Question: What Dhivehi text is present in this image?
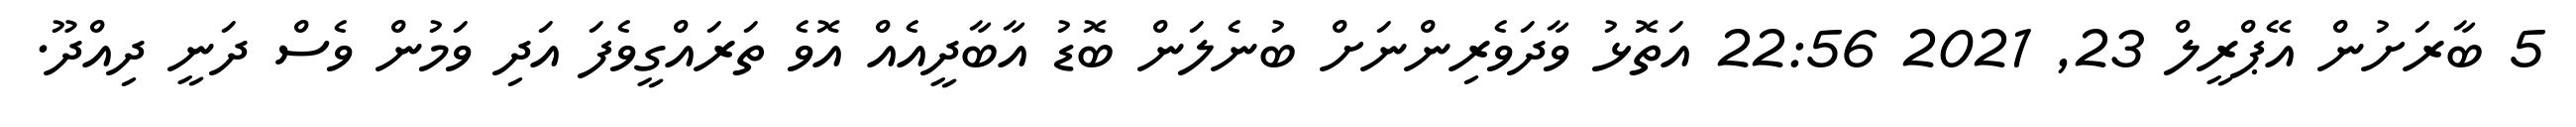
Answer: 5 ބާރަށުން އޭޕްރީލް 23, 2021 22:56 އަތޮޅު ވާދަވެރިންނަށް ބުނެލަން ބޮޑު އާބާދީއެއް އޮވެ ތަރައްގީވެފަ އަދި ވަމުން ވެސް ދަނީ ދިއްދޫ.